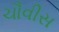
ચૌવીસ